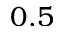
0 . 5